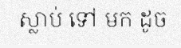
ស្លាប់ ទៅ មក ដូច